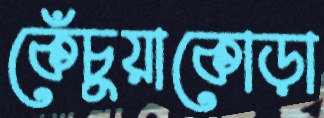
কেঁচুয়াকোড়া